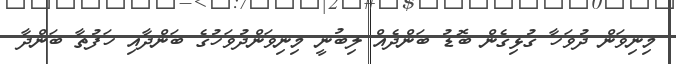
މިނިވަން ދުވަހާ ގުޅިގެން ބޮޑު ބަންދެއް ލިބުނީ މިނިވަންދުވަހުގެ ބަންދާއި ހަފުތާ ބަންދާ